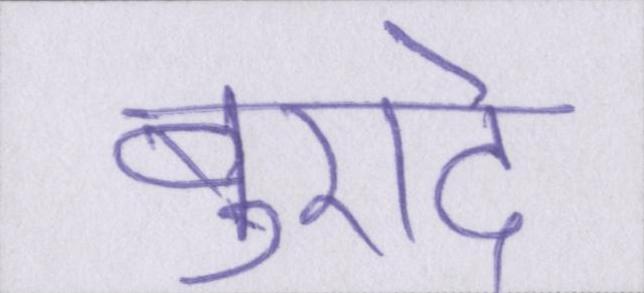
बुरादे